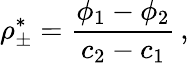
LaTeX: \rho_{\pm}^{*}=\frac{\phi_{1}-\phi_{2}}{c_{2}-c_{1}}\, ,